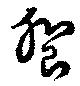
饗